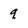
Character: q